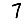
Digit: 7